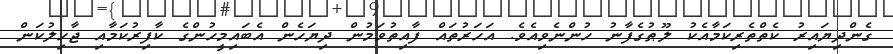
ގެންދިޔައިރު ކެތްތެރިކަމާއެކު ލޫޠުގެފާނު ހުންނެވިއެވެ. އަހަރުތައް ފާއިތުވަމުން ދިޔަހެން އެބައިމީހުންގެ ކާފިރުކަމާއި ޖާހިލުކަން